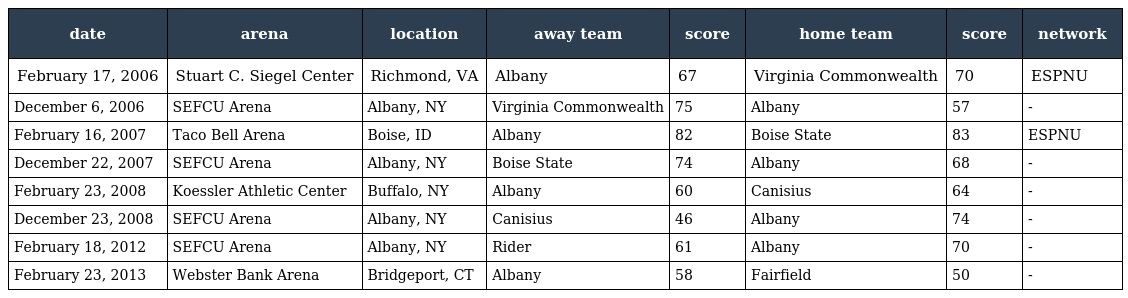
| date | arena | location | away team | score | home team | score | network |
 | --- | --- | --- | --- | --- | --- | --- | --- |
 | February 17, 2006 | Stuart C. Siegel Center | Richmond, VA | Albany | 67 | Virginia Commonwealth | 70 | ESPNU |
 | December 6, 2006 | SEFCU Arena | Albany, NY | Virginia Commonwealth | 75 | Albany | 57 | - |
 | February 16, 2007 | Taco Bell Arena | Boise, ID | Albany | 82 | Boise State | 83 | ESPNU |
 | December 22, 2007 | SEFCU Arena | Albany, NY | Boise State | 74 | Albany | 68 | - |
 | February 23, 2008 | Koessler Athletic Center | Buffalo, NY | Albany | 60 | Canisius | 64 | - |
 | December 23, 2008 | SEFCU Arena | Albany, NY | Canisius | 46 | Albany | 74 | - |
 | February 18, 2012 | SEFCU Arena | Albany, NY | Rider | 61 | Albany | 70 | - |
 | February 23, 2013 | Webster Bank Arena | Bridgeport, CT | Albany | 58 | Fairfield | 50 | - |